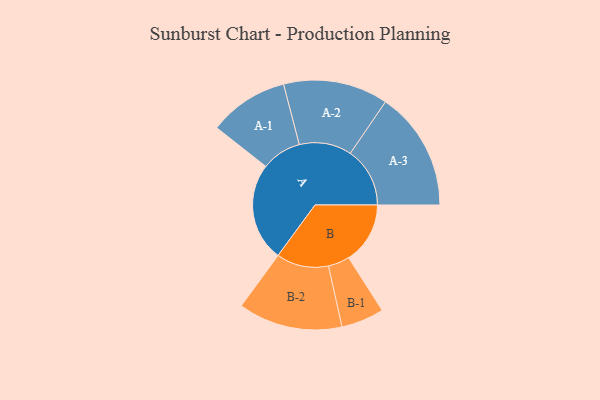
{"axis": {"x": "Segment", "y": "Value"}, "legend": ["", "A", "B"], "data": [{"x": "A", "y": 464, "type": ""}, {"x": "B", "y": 290, "type": ""}, {"x": "A-1", "y": 188, "type": "A"}, {"x": "A-2", "y": 247, "type": "A"}, {"x": "A-3", "y": 281, "type": "A"}, {"x": "B-1", "y": 101, "type": "B"}, {"x": "B-2", "y": 246, "type": "B"}]}